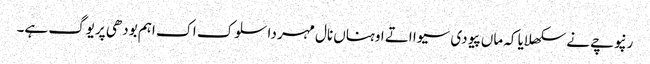
رنپوچے نے سکھلایا کہ ماں پیو دی سیوا اتے اوہناں نال مہر دا سلوک اک اہم بودھی پریوگ ہے۔